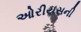
ઓરીયસની